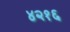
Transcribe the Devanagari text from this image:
४२१६